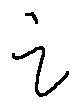
i